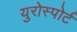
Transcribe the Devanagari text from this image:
युरोस्पोर्ट